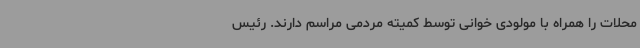
محلات را همراه با مولودی خوانی توسط کمیته مردمی مراسم دارند. رئیس